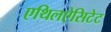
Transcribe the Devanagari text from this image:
एथिलऐसिटेट